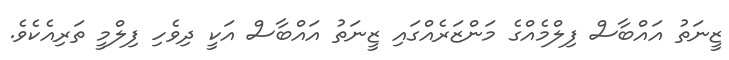
ޒީނަތު އައްބާސް ފިލްމެއްގެ މަންޒަރެއްގައި ޒީނަތު އައްބާސް އަކީ ދިވެހި ފިލްމީ ތަރިއެކެވެ.